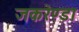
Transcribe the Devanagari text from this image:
जकरेण्डा